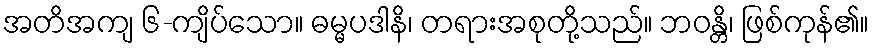
အတိအကျ ၆-ကျိပ်သော။ ဓမ္မပဒါနိ၊ တရားအစုတို့သည်။ ဘဝန္တိ၊ ဖြစ်ကုန်၏။